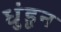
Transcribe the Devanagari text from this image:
धुंडून